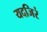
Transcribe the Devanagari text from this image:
यदजिरं